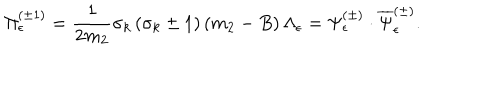
\Pi _ { \epsilon } ^ { ( \pm 1 ) } = \frac 1 { 2 m _ { 2 } } \sigma _ { k } \left( \sigma _ { k } \pm 1 \right) \left( m _ { 2 } - B \right) \Lambda _ { \epsilon } = \Psi _ { \epsilon } ^ { ( \pm ) } \cdot \overline { { { \Psi } } } _ { \epsilon } ^ { ( \pm ) } .